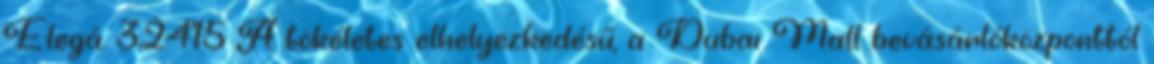
Elegá. 32415 A tökéletes elhelyezkedésű, a Dubai Mall bevásárlóközponttól